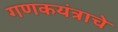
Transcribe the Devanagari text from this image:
गणकयंत्राचे